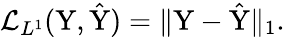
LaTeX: \mathcal{L}_{L^{1}}(\mathrm{Y},\hat{\mathrm{Y}})=\| \mathrm{Y}-\hat{\mathrm{Y}}\| _{1}.